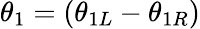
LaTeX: \theta_{1}=(\theta_{1L}-\theta_{1R})